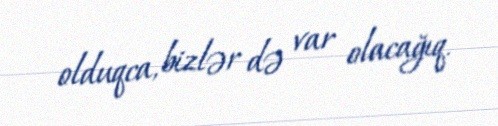
olduqca, bizlər də var olacağıq.